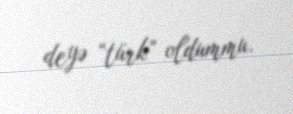
deyə “türk” oldummu.